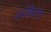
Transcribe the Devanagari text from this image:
पादछिद्रगति